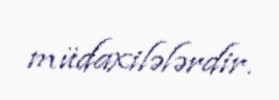
müdaxilələrdir.